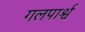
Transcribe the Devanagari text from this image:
गलपार्श्व